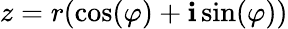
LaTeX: z=r(\cos(\varphi)+\mathbf{i}\sin(\varphi))